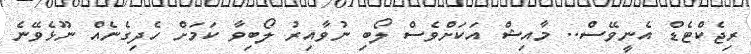
ރިޖެކްޓެޑް އެނީވޭސް.. މާއިޝް އަކަށްވެސް ލޯބި ނުވާއިރު ލޯބިވާ ކަމަށް ހެދިގެނެއް ނޫޅެވޭނެ